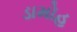
ડામોહ